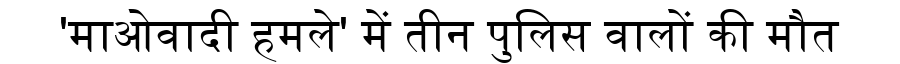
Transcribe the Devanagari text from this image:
'माओवादी हमले' में तीन पुलिस वालों की मौत